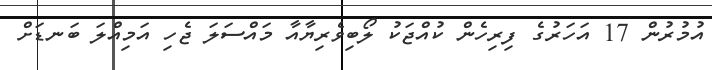
އުމުރުން 17 އަހަރުގެ ފިރިހެން ކުއްޖަކު ލޯބިވެރިޔާއާ މައްސަލަ ޖެހި އަމިއްލަ ބަނޑަށް